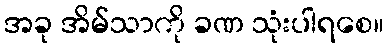
အခု အိမ်သာကို ခဏ သုံးပါရစေ။